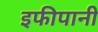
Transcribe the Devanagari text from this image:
इफीपानी